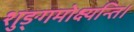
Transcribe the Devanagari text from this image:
शुङ्गमोक्ष्यन्ति।